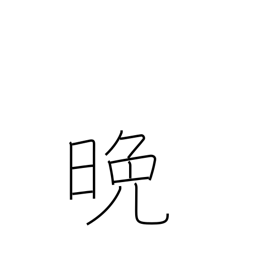
Meaning: night